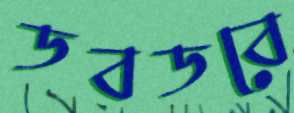
ডবডবে